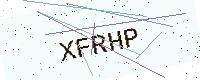
Text: XFRHP